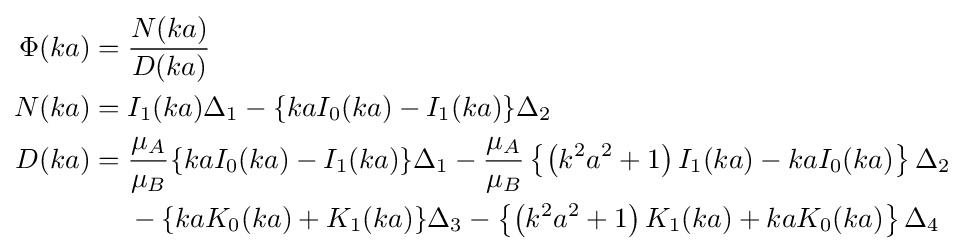
{\begin{aligned}\Phi (ka)={}&{\frac {N(ka)}{D(ka)}}\\N(ka)={}&I_{1}(ka)\Delta _{1}-\{kaI_{0}(ka)-I_{1}(ka)\}\Delta _{2}\\D(ka)={}&{\frac {\mu _{A}}{\mu _{B}}}\{kaI_{0}(ka)-I_{1}(ka)\}\Delta _{1}-{\frac {\mu _{A}}{\mu _{B}}}\left\{\left(k^{2}a^{2}+1\right)I_{1}(ka)-kaI_{0}(ka)\right\}\Delta _{2}\\&-\{kaK_{0}(ka)+K_{1}(ka)\}\Delta _{3}-\left\{\left(k^{2}a^{2}+1\right)K_{1}(ka)+kaK_{0}(ka)\right\}\Delta _{4}\end{aligned}}